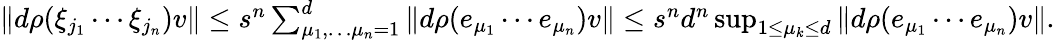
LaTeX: \begin{array}{r}{\| d\rho(\xi_{j_{1}}\cdots\xi_{j_{n}})v\| \leq s^{n}\sum_{\mu_{1},\ldots\mu_{n}=1}^{d}\| d\rho(e_{\mu_{1}}\cdots e_{\mu_{n}})v\| \leq s^{n}d^{n}\operatorname*{sup}_{1\leq\mu_{k}\leq d}\| d\rho(e_{\mu_{1}}\cdots e_{\mu_{n}})v\| .}\end{array}